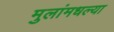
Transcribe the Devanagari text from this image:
मुलांमधल्या